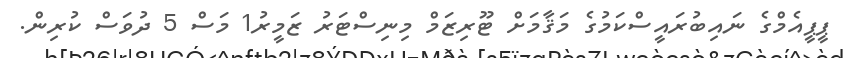
ޕީޕީއެމްގެ ނައިބުރައީސްކަމުގެ މަޤާމަށް ޓޫރިޒަމް މިނިސްޓަރު ޒަމީރު1 މަސް 5 ދުވަސް ކުރިން.